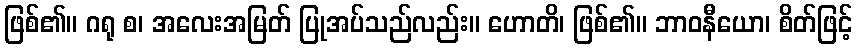
ဖြစ်၏။ ဂရု စ၊ အလေးအမြတ် ပြုအပ်သည်လည်း။ ဟောတိ၊ ဖြစ်၏။ ဘာဝနီယော၊ စိတ်ဖြင့်